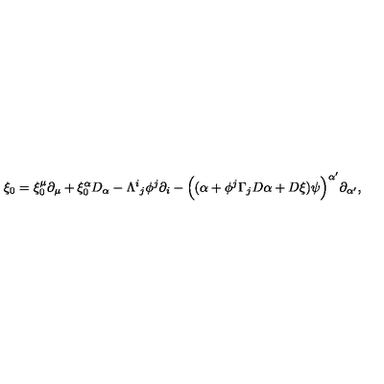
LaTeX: \xi _ { 0 } = \xi _ { 0 } ^ { \mu } \partial _ { \mu } + \xi _ { 0 } ^ { \alpha } D _ { \alpha } - \Lambda ^ { i } { } _ { j } \phi ^ { j } \partial _ { i } - \Big ( ( \alpha + \phi ^ { j } \Gamma _ { j } D \alpha + D \xi ) \psi \Big ) ^ { \alpha ^ { \prime } } \partial _ { \alpha ^ { \prime } } ,